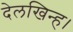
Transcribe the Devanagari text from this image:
देलखिन्ह।